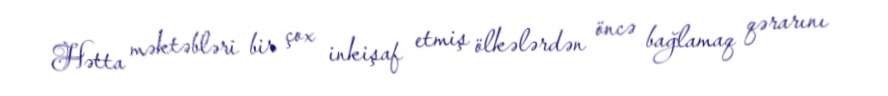
Hətta məktəbləri bir çox inkişaf etmiş ölkələrdən öncə bağlamaq qərarını